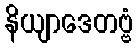
နိယျာဒေတဗ္ဗံ